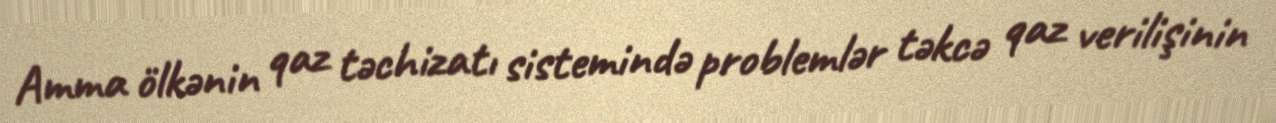
Amma ölkənin qaz təchizatı sistemində problemlər təkcə qaz verilişinin